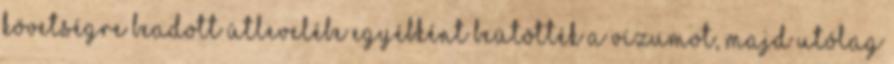
követségre beadott útlevelébe egyébként beütötték a vízumot, majd utólag